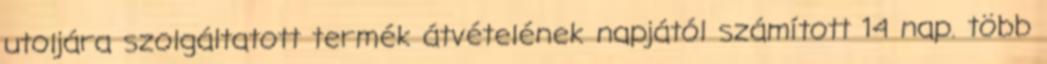
utoljára szolgáltatott termék átvételének napjától számított 14 nap. több